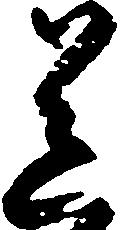
送